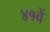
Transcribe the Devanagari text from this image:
४१वें